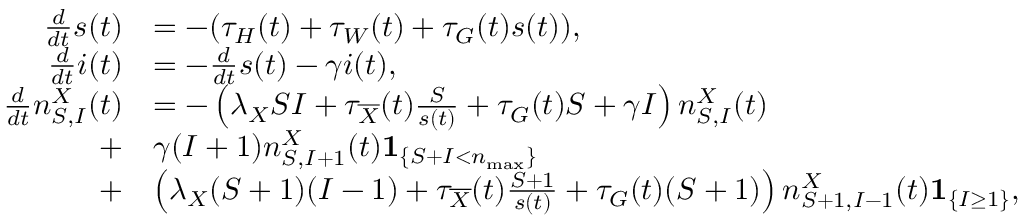
\begin{array} { r l } { \frac { d } { d t } s ( t ) } & { = - ( \tau _ { H } ( t ) + \tau _ { W } ( t ) + \tau _ { G } ( t ) s ( t ) ) , } \\ { \frac { d } { d t } i ( t ) } & { = - \frac { d } { d t } s ( t ) - \gamma i ( t ) , } \\ { \frac { d } { d t } n _ { S , I } ^ { X } ( t ) } & { = - \left( \lambda _ { X } S I + \tau _ { \overline { { X } } } ( t ) \frac { S } { s ( t ) } + \tau _ { G } ( t ) S + \gamma I \right) n _ { S , I } ^ { X } ( t ) } \\ { \; + } & { \gamma ( I + 1 ) n _ { S , I + 1 } ^ { X } ( t ) \mathbf { 1 } _ { \left\{ S + I < n _ { \operatorname* { m a x } } \right\} } } \\ { \; + } & { \left( \lambda _ { X } ( S + 1 ) ( I - 1 ) + \tau _ { \overline { { X } } } ( t ) \frac { S + 1 } { s ( t ) } + \tau _ { G } ( t ) ( S + 1 ) \right) n _ { S + 1 , I - 1 } ^ { X } ( t ) \mathbf { 1 } _ { \left\{ I \geq 1 \right\} } , } \end{array}